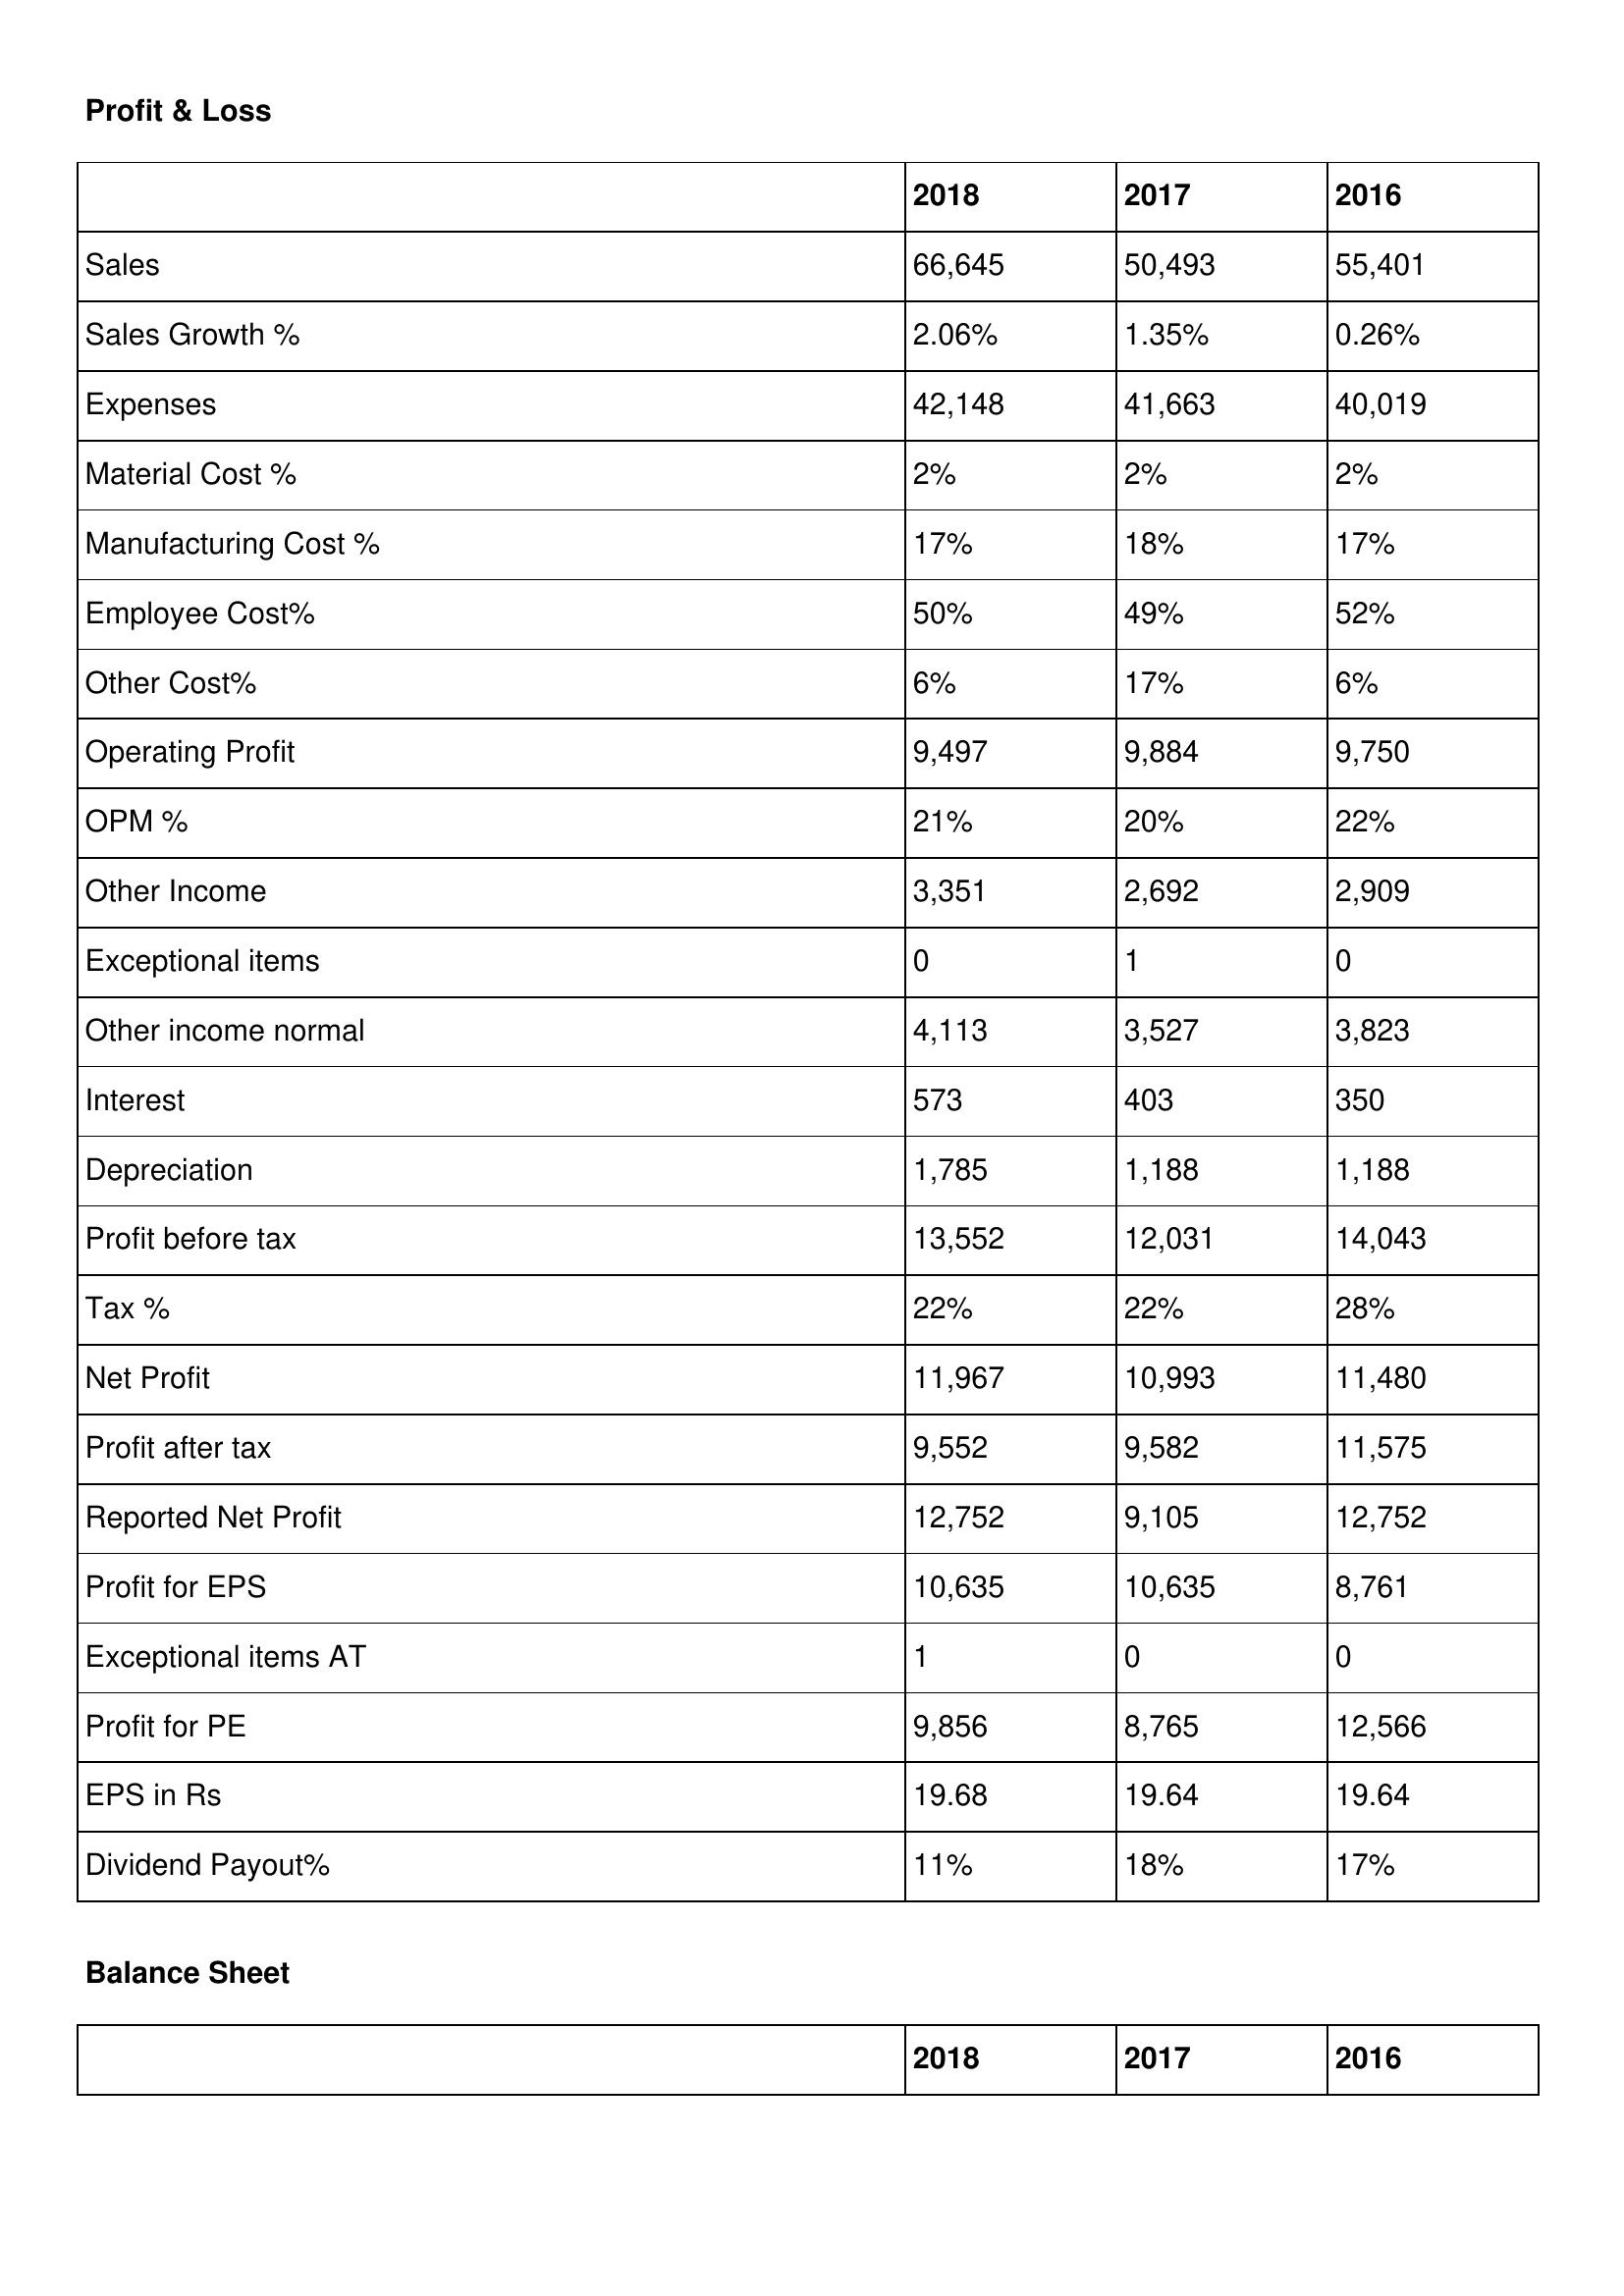
gt_parse: 2018: Profit & Loss: Sales: 66,645
Sales Growth %: 2.06%
Expenses: 42,148
Material Cost %: 2%
Manufacturing Cost %: 17%
Employee Cost%: 50%
Other Cost%: 6%
Operating Profit: 9,497
OPM %: 21%
Other Income: 3,351
Exceptional items: 0
Other income normal: 4,113
Interest: 573
Depreciation: 1,785
Profit before tax: 13,552
Tax %: 22%
Net Profit: 11,967
Profit after tax: 9,552
Reported Net Profit: 12,752
Profit for EPS: 10,635
Exceptional items AT: 1
Profit for PE: 9,856
EPS in Rs: 19.68
Dividend Payout%: 11%
2017: Profit & Loss: Sales: 50,493
Sales Growth %: 1.35%
Expenses: 41,663
Material Cost %: 2%
Manufacturing Cost %: 18%
Employee Cost%: 49%
Other Cost%: 17%
Operating Profit: 9,884
OPM %: 20%
Other Income: 2,692
Exceptional items: 1
Other income normal: 3,527
Interest: 403
Depreciation: 1,188
Profit before tax: 12,031
Tax %: 22%
Net Profit: 10,993
Profit after tax: 9,582
Reported Net Profit: 9,105
Profit for EPS: 10,635
Exceptional items AT: 0
Profit for PE: 8,765
EPS in Rs: 19.64
Dividend Payout%: 18%
2016: Profit & Loss: Sales: 55,401
Sales Growth %: 0.26%
Expenses: 40,019
Material Cost %: 2%
Manufacturing Cost %: 17%
Employee Cost%: 52%
Other Cost%: 6%
Operating Profit: 9,750
OPM %: 22%
Other Income: 2,909
Exceptional items: 0
Other income normal: 3,823
Interest: 350
Depreciation: 1,188
Profit before tax: 14,043
Tax %: 28%
Net Profit: 11,480
Profit after tax: 11,575
Reported Net Profit: 12,752
Profit for EPS: 8,761
Exceptional items AT: 0
Profit for PE: 12,566
EPS in Rs: 19.64
Dividend Payout%: 17%